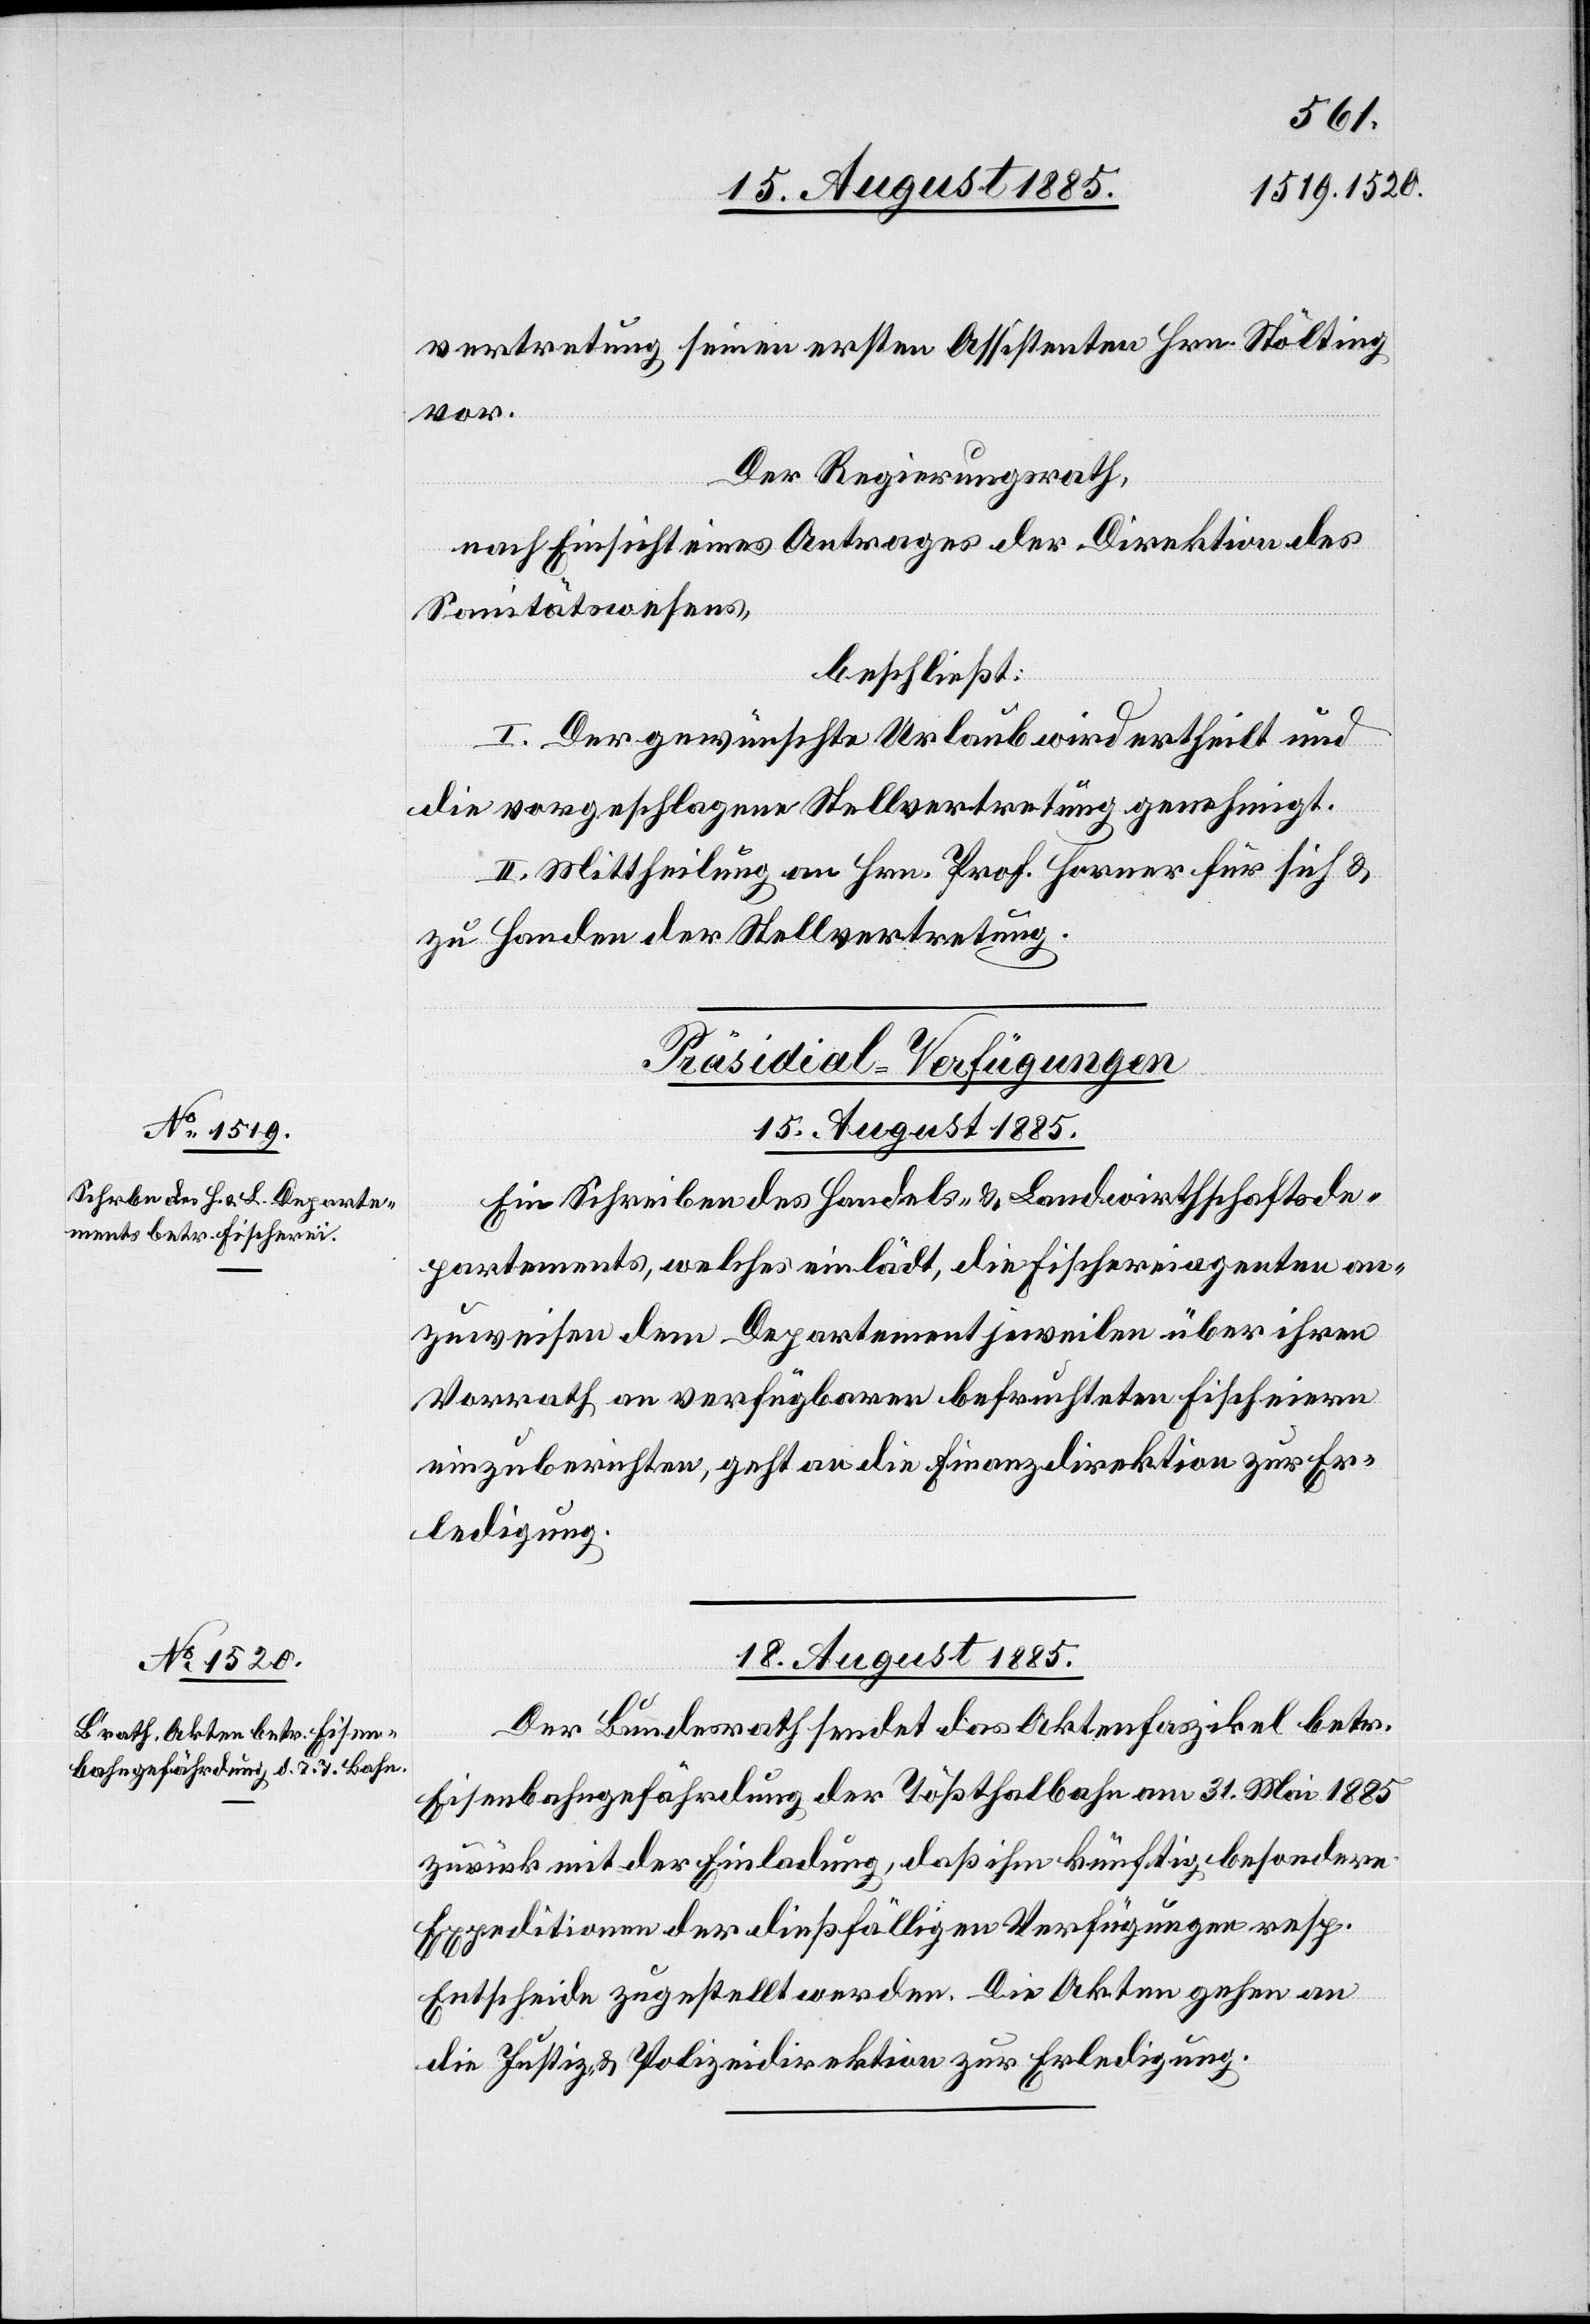
vertretung seinen ersten Assistenten Hrn. Stölting
vor.
Der Regierungsrath,
nach Einsicht eines Antrages der Direktion des
Sanitätswesens,
beschließt:
I. Der gewünschte Urlaub wird ertheilt und
die vorgeschlagene Stellvertretung genehmigt.
II. Mittheilung an Hrn. Prof. Horner für sich &
zu Handen der Stellvertretung.
[Präsidial-Verfügungen]
15. August 1885.
Ein Schreiben des Handels- & Landwirthschaftsde¬
partements, welches einlädt, die Fischereiagenten an¬
zuweisen dem Departement jeweilen über ihren
Vorrath an verfügbaren befruchteten Fischeiern
einzuberichten, geht an die Finanzdirektion zur Er¬
ledigung.
18. August 1885.
Der Bundesrath sendet das Aktenfaszikel betr.
Eisenbahngefährdung der Tößthalbahn am 31. Mai 1885
zurück mit der Einladung, daß ihm künftig besondere
Expeditionen der dießfälligen Verfügungen resp.
Entscheide zugestellt werden. Die Akten gehen an
die Justiz- & Polizeidirektion zur Erledigung.